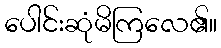
ပေါင်းဆုံမိကြလေ၏။